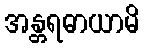
အန္တရဓာယာမိ